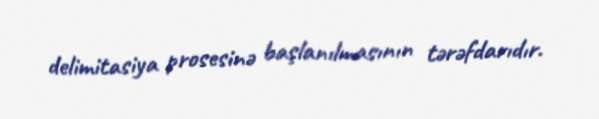
delimitasiya prosesinə başlanılmasının tərəfdarıdır.